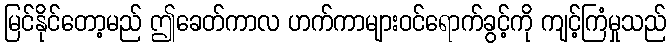
မြင်နိုင်တော့မည် ဤခေတ်ကာလ ဟက်ကာများဝင်ရောက်ခွင့်ကို ကျင့်ကြံမှုသည်